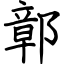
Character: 鄣